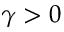
\gamma > 0